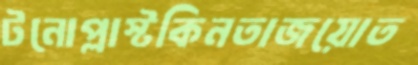
টনোপ্লাস্টকিনতাজয়োত